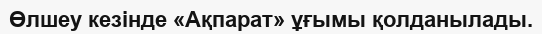
Өлшеу кезінде «Ақпарат» ұғымы қолданылады.